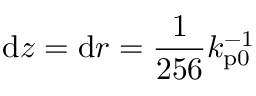
\mathrm { d } z = \mathrm { d } r = \frac { 1 } { 2 5 6 } k _ { \mathrm { p 0 } } ^ { - 1 }